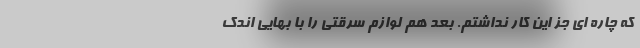
که چاره ای جز این کار نداشتم. بعد هم لوازم سرقتی را با بهایی اندک